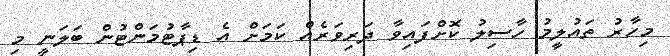
މިހާރު ތައުލީމު ހާސިލު ކޮށްފައިވާ ދަރިވަރެއް ކަމަށް އެ ޑިޕާޓުމަންޓުން ބަލަނީ މި